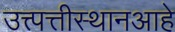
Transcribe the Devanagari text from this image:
उत्त्पत्तीस्थानआहे